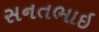
સનતભાઇ